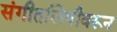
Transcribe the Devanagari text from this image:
संगीतलिपीवरून